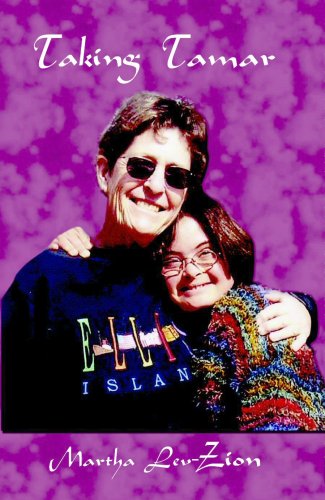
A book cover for Taking Tamar: Adopting and Bringing Up a Child with Down Syndrome; Martha Lev-Zion; Health, Fitness & Dieting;